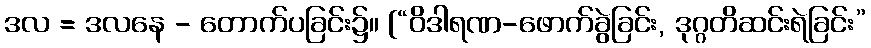
ဒလ = ဒလနေ - တောက်ပခြင်း၌။ [“ဝိဒါရဏ-ဖောက်ခွဲခြင်း, ဒုဂ္ဂတိဆင်းရဲခြင်း”